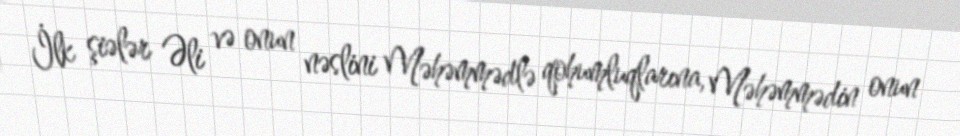
İlk şiələr Əli və onun nəslini Məhəmmədlə qohumluqlarına, Məhəmmədin onun